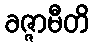
ခဇ္ဇာမီတိ